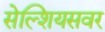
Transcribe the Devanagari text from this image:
सेल्शियसवर